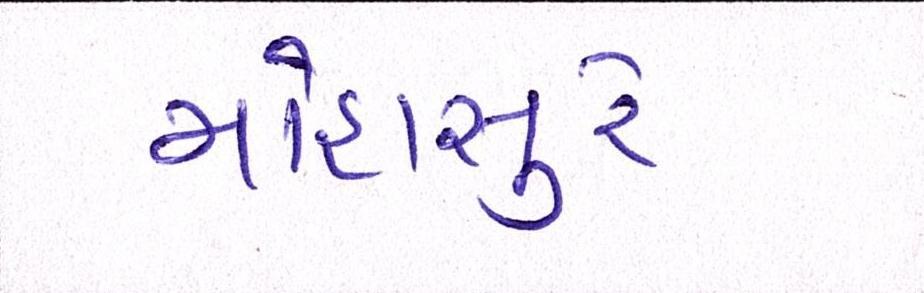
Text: મોહાસુરે